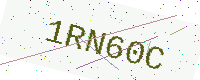
Text: 1RN60C